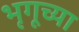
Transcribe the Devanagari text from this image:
भृगूच्या